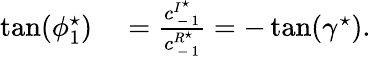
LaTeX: \begin{array}{rl}{\tan(\phi_{1}^{\star})}&{{}=\frac{c_{\mathrm{~-~}1}^{I^{\star}}}{c_{\mathrm{~-~}1}^{R^{\star}}}=-\tan(\gamma^{\star}).}\end{array}